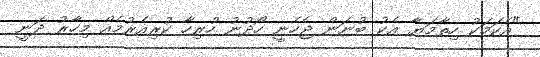
"އެކަމަކު ހިތާމަޔާ އެކު ބުނަން ޖެހެނީ ހޯދުނު ހުރިހާ ކުރިއެރުމެއް މިހާރު ދަނީ